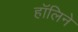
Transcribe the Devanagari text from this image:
हॉलिने